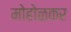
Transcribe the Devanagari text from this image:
मोहोळकर